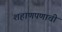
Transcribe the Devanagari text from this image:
शहाणपणाची